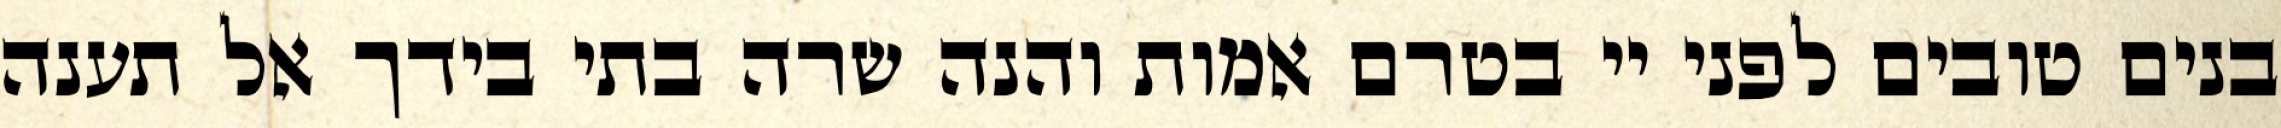
בנים טובים לפני יי בטרם אמות והנה שרה בתי בידך אל תענה